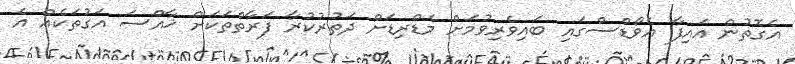
އެގޮތުން އައިފާ އެވޯޑްސްގައި ބައިވެރިވުމަށް މެޑްރިޑަށް ދަތުރުކުރާ ފަރާތްތަކަށް ޚާއްސަ އަގުތަކެއް އެ